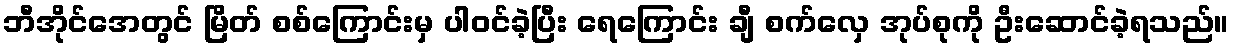
ဘီအိုင်အေတွင် မြိတ် စစ်ကြောင်းမှ ပါဝင်ခဲ့ပြီး ရေကြောင်း ချီ စက်လှေ အုပ်စုကို ဦးဆောင်ခဲ့ရသည်။